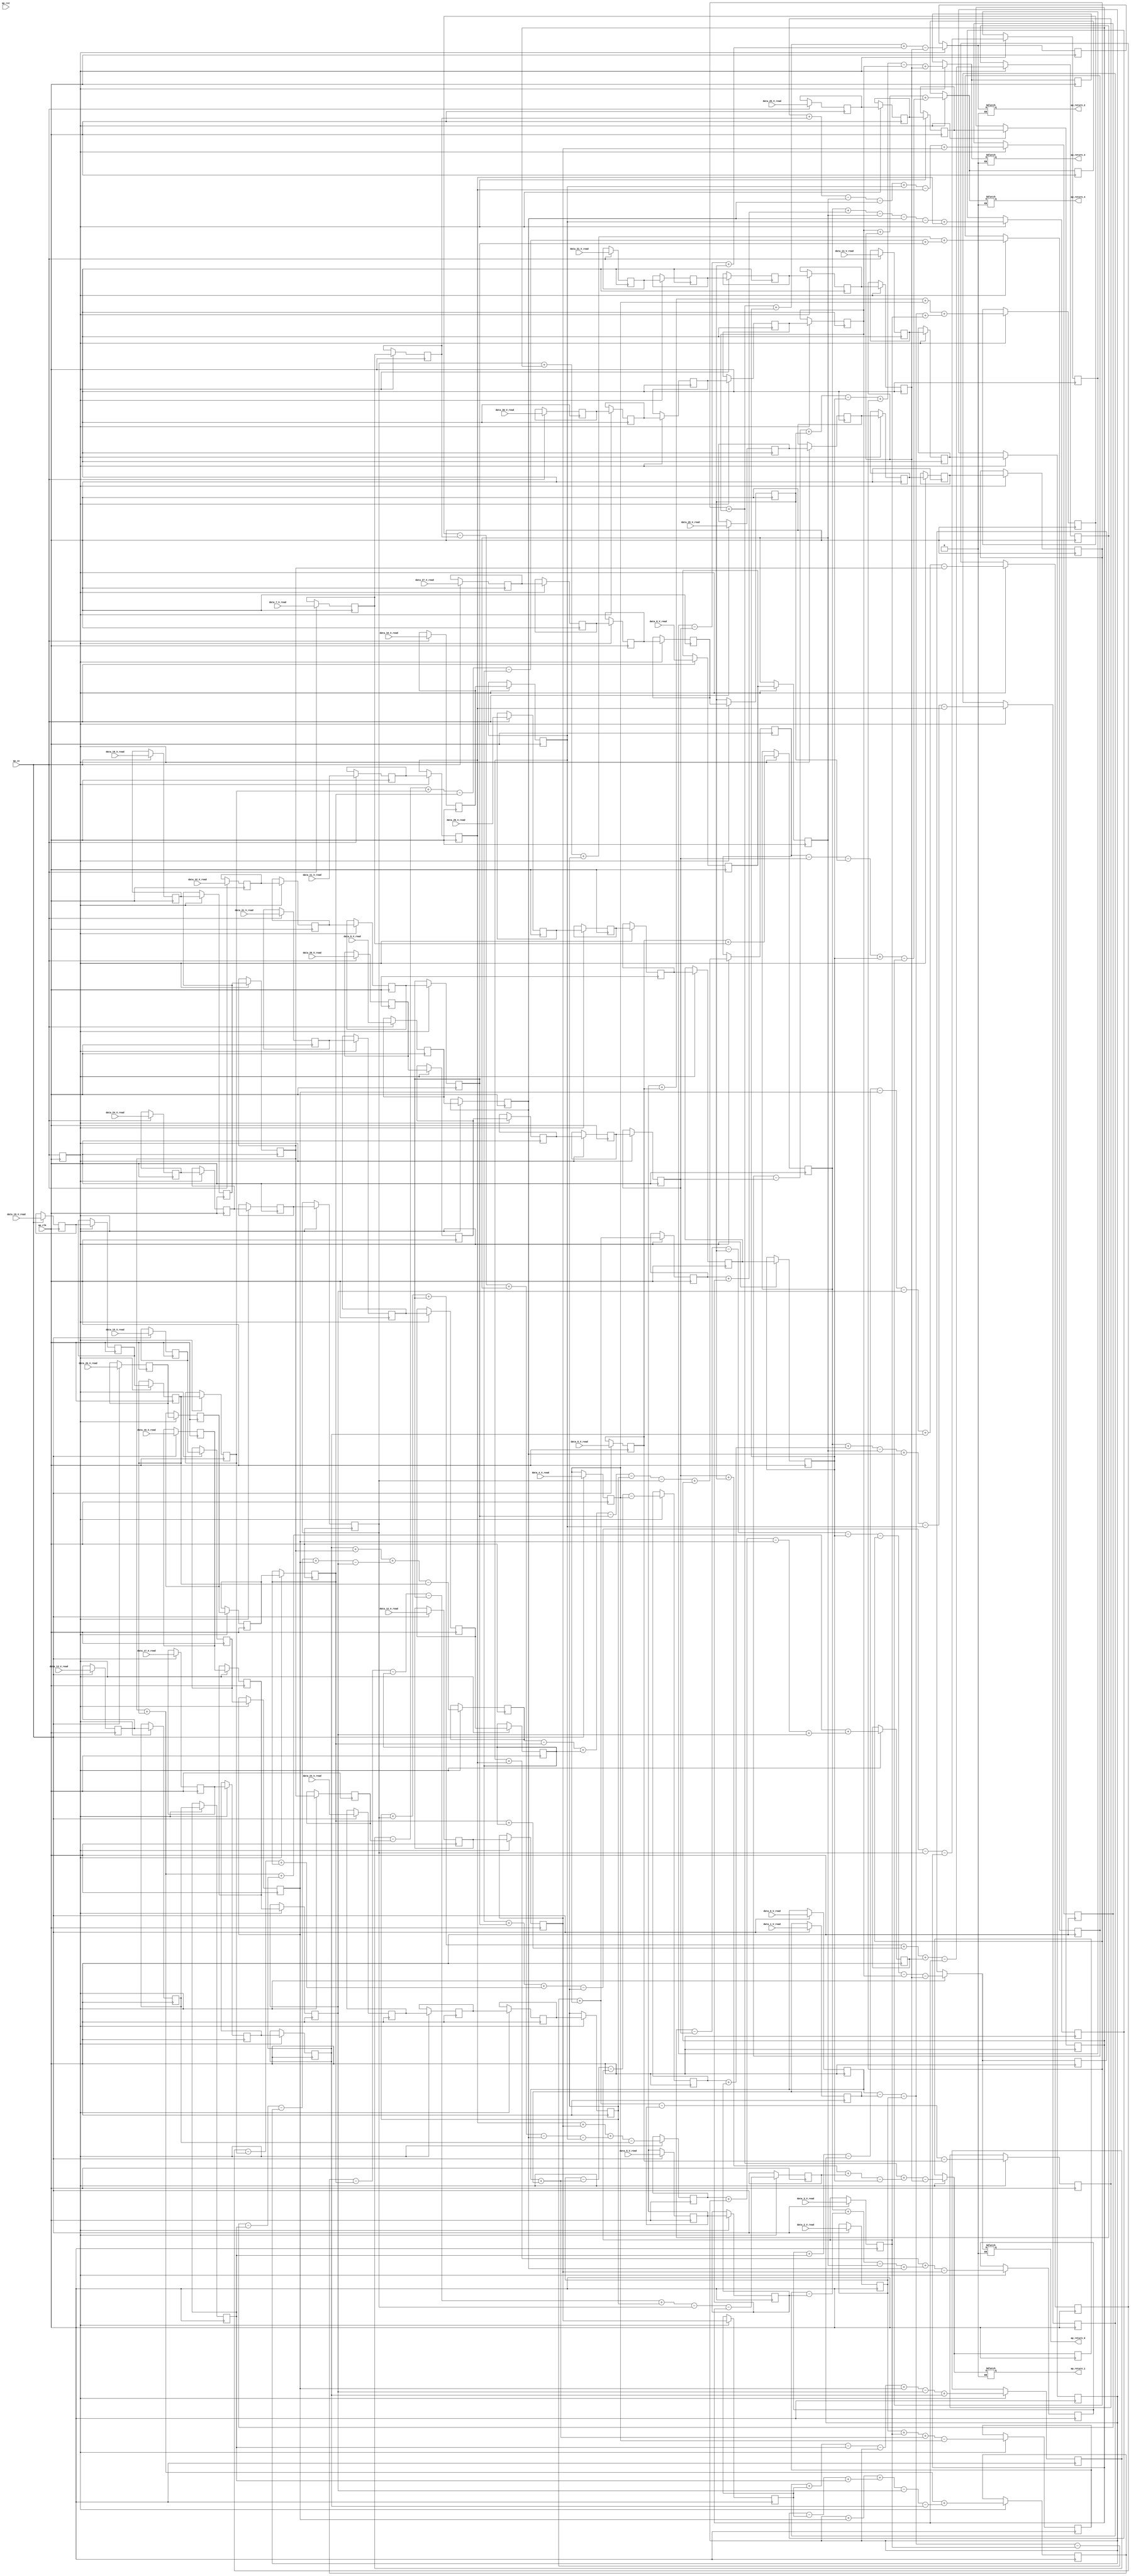
// ==============================================================
// RTL generated by Vivado(TM) HLS - High-Level Synthesis from C, C++ and SystemC
// Version: 2018.2
// Copyright (C) 1986-2018 Xilinx, Inc. All Rights Reserved.
// 
// ===========================================================

`timescale 1 ns / 1 ps 

module dense_latency_ap_fixed_ap_fixed_config14_0_0_0_0_0_0 (
        ap_clk,
        ap_rst,
        data_0_V_read,
        data_1_V_read,
        data_2_V_read,
        data_3_V_read,
        data_4_V_read,
        data_5_V_read,
        data_6_V_read,
        data_7_V_read,
        data_8_V_read,
        data_9_V_read,
        data_10_V_read,
        data_11_V_read,
        data_12_V_read,
        data_13_V_read,
        data_14_V_read,
        data_15_V_read,
        data_16_V_read,
        data_17_V_read,
        data_18_V_read,
        data_19_V_read,
        data_20_V_read,
        data_21_V_read,
        data_22_V_read,
        data_23_V_read,
        data_24_V_read,
        data_25_V_read,
        data_26_V_read,
        data_27_V_read,
        data_28_V_read,
        data_29_V_read,
        data_30_V_read,
        data_31_V_read,
        ap_return_0,
        ap_return_1,
        ap_return_2,
        ap_return_3,
        ap_return_4,
        ap_ce
);


input   ap_clk;
input   ap_rst;
input  [7:0] data_0_V_read;
input  [7:0] data_1_V_read;
input  [7:0] data_2_V_read;
input  [7:0] data_3_V_read;
input  [7:0] data_4_V_read;
input  [7:0] data_5_V_read;
input  [7:0] data_6_V_read;
input  [7:0] data_7_V_read;
input  [7:0] data_8_V_read;
input  [7:0] data_9_V_read;
input  [7:0] data_10_V_read;
input  [7:0] data_11_V_read;
input  [7:0] data_12_V_read;
input  [7:0] data_13_V_read;
input  [7:0] data_14_V_read;
input  [7:0] data_15_V_read;
input  [7:0] data_16_V_read;
input  [7:0] data_17_V_read;
input  [7:0] data_18_V_read;
input  [7:0] data_19_V_read;
input  [7:0] data_20_V_read;
input  [7:0] data_21_V_read;
input  [7:0] data_22_V_read;
input  [7:0] data_23_V_read;
input  [7:0] data_24_V_read;
input  [7:0] data_25_V_read;
input  [7:0] data_26_V_read;
input  [7:0] data_27_V_read;
input  [7:0] data_28_V_read;
input  [7:0] data_29_V_read;
input  [7:0] data_30_V_read;
input  [7:0] data_31_V_read;
output  [7:0] ap_return_0;
output  [7:0] ap_return_1;
output  [7:0] ap_return_2;
output  [7:0] ap_return_3;
output  [7:0] ap_return_4;
input   ap_ce;

reg[7:0] ap_return_0;
reg[7:0] ap_return_1;
reg[7:0] ap_return_2;
reg[7:0] ap_return_3;
reg[7:0] ap_return_4;

reg   [7:0] data_31_V_read32_reg_1024;
wire    ap_block_state1_pp0_stage0_iter0;
wire    ap_block_state2_pp0_stage0_iter1;
wire    ap_block_state3_pp0_stage0_iter2;
wire    ap_block_state4_pp0_stage0_iter3;
wire    ap_block_state5_pp0_stage0_iter4;
wire    ap_block_pp0_stage0_11001;
reg   [7:0] data_31_V_read32_reg_1024_pp0_iter1_reg;
reg   [7:0] data_31_V_read32_reg_1024_pp0_iter2_reg;
reg   [7:0] data_31_V_read32_reg_1024_pp0_iter3_reg;
reg   [7:0] data_30_V_read31_reg_1033;
reg   [7:0] data_30_V_read31_reg_1033_pp0_iter1_reg;
reg   [7:0] data_30_V_read31_reg_1033_pp0_iter2_reg;
reg   [7:0] data_30_V_read31_reg_1033_pp0_iter3_reg;
reg   [7:0] data_29_V_read_6_reg_1041;
reg   [7:0] data_29_V_read_6_reg_1041_pp0_iter1_reg;
reg   [7:0] data_29_V_read_6_reg_1041_pp0_iter2_reg;
reg   [7:0] data_29_V_read_6_reg_1041_pp0_iter3_reg;
reg   [7:0] data_28_V_read_6_reg_1049;
reg   [7:0] data_28_V_read_6_reg_1049_pp0_iter1_reg;
reg   [7:0] data_28_V_read_6_reg_1049_pp0_iter2_reg;
reg   [7:0] data_28_V_read_6_reg_1049_pp0_iter3_reg;
reg   [7:0] data_27_V_read_7_reg_1058;
reg   [7:0] data_27_V_read_7_reg_1058_pp0_iter1_reg;
reg   [7:0] data_27_V_read_7_reg_1058_pp0_iter2_reg;
reg   [7:0] data_27_V_read_7_reg_1058_pp0_iter3_reg;
reg   [7:0] data_26_V_read_7_reg_1067;
reg   [7:0] data_26_V_read_7_reg_1067_pp0_iter1_reg;
reg   [7:0] data_26_V_read_7_reg_1067_pp0_iter2_reg;
reg   [7:0] data_26_V_read_7_reg_1067_pp0_iter3_reg;
reg   [7:0] data_25_V_read26_reg_1076;
reg   [7:0] data_25_V_read26_reg_1076_pp0_iter1_reg;
reg   [7:0] data_25_V_read26_reg_1076_pp0_iter2_reg;
reg   [7:0] data_24_V_read25_reg_1085;
reg   [7:0] data_24_V_read25_reg_1085_pp0_iter1_reg;
reg   [7:0] data_24_V_read25_reg_1085_pp0_iter2_reg;
reg   [7:0] data_23_V_read24_reg_1094;
reg   [7:0] data_23_V_read24_reg_1094_pp0_iter1_reg;
reg   [7:0] data_23_V_read24_reg_1094_pp0_iter2_reg;
reg   [7:0] data_22_V_read23_reg_1103;
reg   [7:0] data_22_V_read23_reg_1103_pp0_iter1_reg;
reg   [7:0] data_22_V_read23_reg_1103_pp0_iter2_reg;
reg   [7:0] data_21_V_read22_reg_1112;
reg   [7:0] data_21_V_read22_reg_1112_pp0_iter1_reg;
reg   [7:0] data_21_V_read22_reg_1112_pp0_iter2_reg;
reg   [7:0] data_20_V_read21_reg_1121;
reg   [7:0] data_20_V_read21_reg_1121_pp0_iter1_reg;
reg   [7:0] data_20_V_read21_reg_1121_pp0_iter2_reg;
reg   [7:0] data_19_V_read_6_reg_1130;
reg   [7:0] data_19_V_read_6_reg_1130_pp0_iter1_reg;
reg   [7:0] data_19_V_read_6_reg_1130_pp0_iter2_reg;
reg   [7:0] data_18_V_read_6_reg_1138;
reg   [7:0] data_18_V_read_6_reg_1138_pp0_iter1_reg;
reg   [7:0] data_18_V_read_6_reg_1138_pp0_iter2_reg;
reg   [7:0] data_17_V_read_7_reg_1146;
reg   [7:0] data_17_V_read_7_reg_1146_pp0_iter1_reg;
reg   [7:0] data_16_V_read_7_reg_1155;
reg   [7:0] data_16_V_read_7_reg_1155_pp0_iter1_reg;
reg   [7:0] data_15_V_read16_reg_1164;
reg   [7:0] data_15_V_read16_reg_1164_pp0_iter1_reg;
reg   [7:0] data_14_V_read15_reg_1173;
reg   [7:0] data_14_V_read15_reg_1173_pp0_iter1_reg;
reg   [7:0] data_13_V_read14_reg_1182;
reg   [7:0] data_13_V_read14_reg_1182_pp0_iter1_reg;
reg   [7:0] data_12_V_read13_reg_1191;
reg   [7:0] data_12_V_read13_reg_1191_pp0_iter1_reg;
reg   [7:0] data_11_V_read12_reg_1200;
reg   [7:0] data_10_V_read11_reg_1209;
reg   [7:0] data_9_V_read_6_reg_1218;
reg   [7:0] data_8_V_read_6_reg_1227;
reg   [7:0] data_7_V_read_7_reg_1236;
reg   [7:0] data_5_V_read_7_reg_1242;
wire   [7:0] acc_1_V_27_fu_322_p2;
reg   [7:0] acc_1_V_27_reg_1249;
wire   [7:0] acc_2_V_2_fu_328_p2;
reg   [7:0] acc_2_V_2_reg_1254;
wire   [7:0] acc_3_V_2_fu_334_p2;
reg   [7:0] acc_3_V_2_reg_1259;
wire   [7:0] p_Val2_27_6_fu_364_p2;
reg   [7:0] p_Val2_27_6_reg_1264;
wire   [7:0] acc_4_V_6_fu_370_p2;
reg   [7:0] acc_4_V_6_reg_1269;
wire   [7:0] tmp6_fu_376_p2;
reg   [7:0] tmp6_reg_1274;
wire   [7:0] acc_1_V_8_fu_482_p2;
reg   [7:0] acc_1_V_8_reg_1281;
wire   [7:0] acc_3_V_7_fu_502_p2;
reg   [7:0] acc_3_V_7_reg_1286;
wire   [7:0] acc_2_V_7_fu_522_p2;
reg   [7:0] acc_2_V_7_reg_1291;
wire   [7:0] acc_4_V_12_fu_527_p2;
reg   [7:0] acc_4_V_12_reg_1296;
wire   [7:0] p_Val2_27_1_fu_532_p2;
reg   [7:0] p_Val2_27_1_reg_1301;
wire   [7:0] acc_3_V_13_fu_642_p2;
reg   [7:0] acc_3_V_13_reg_1306;
wire   [7:0] acc_2_V_13_fu_647_p2;
reg   [7:0] acc_2_V_13_reg_1311;
wire   [7:0] acc_1_V_13_fu_666_p2;
reg   [7:0] acc_1_V_13_reg_1316;
wire   [7:0] acc_4_V_18_fu_672_p2;
reg   [7:0] acc_4_V_18_reg_1321;
wire   [7:0] tmp19_fu_687_p2;
reg   [7:0] tmp19_reg_1326;
wire   [7:0] p_Val2_27_10_fu_813_p2;
reg   [7:0] p_Val2_27_10_reg_1331;
wire   [7:0] acc_1_V_19_fu_818_p2;
reg   [7:0] acc_1_V_19_reg_1336;
wire   [7:0] acc_2_V_18_fu_823_p2;
reg   [7:0] acc_2_V_18_reg_1341;
wire   [7:0] acc_3_V_18_fu_842_p2;
reg   [7:0] acc_3_V_18_reg_1346;
wire   [7:0] acc_4_V_24_fu_848_p2;
reg   [7:0] acc_4_V_24_reg_1351;
wire    ap_block_pp0_stage0;
wire   [7:0] acc_1_V_24_fu_274_p2;
wire   [7:0] acc_2_V_fu_280_p2;
wire   [7:0] acc_1_V_25_fu_286_p2;
wire   [7:0] tmp1_fu_304_p2;
wire   [7:0] acc_3_V_fu_292_p2;
wire   [7:0] acc_1_V_26_fu_298_p2;
wire   [7:0] acc_2_V_1_fu_310_p2;
wire   [7:0] acc_3_V_1_fu_316_p2;
wire   [7:0] tmp4_fu_352_p2;
wire   [7:0] tmp3_fu_358_p2;
wire   [7:0] tmp2_fu_346_p2;
wire   [7:0] acc_4_V_5_fu_340_p2;
wire   [7:0] tmp5_fu_390_p2;
wire   [7:0] acc_2_V_3_fu_382_p2;
wire   [7:0] tmp8_fu_404_p2;
wire   [7:0] p_Val2_27_7_fu_386_p2;
wire   [7:0] acc_1_V_fu_394_p2;
wire   [7:0] acc_2_V_4_fu_399_p2;
wire   [7:0] acc_3_V_3_fu_408_p2;
wire   [7:0] acc_4_V_7_fu_413_p2;
wire   [7:0] p_Val2_27_8_fu_417_p2;
wire   [7:0] acc_1_V_5_fu_422_p2;
wire   [7:0] acc_3_V_4_fu_432_p2;
wire   [7:0] acc_4_V_8_fu_437_p2;
wire   [7:0] p_Val2_27_9_fu_442_p2;
wire   [7:0] acc_1_V_6_fu_447_p2;
wire   [7:0] acc_3_V_5_fu_452_p2;
wire   [7:0] acc_4_V_9_fu_457_p2;
wire   [7:0] acc_1_V_7_fu_467_p2;
wire   [7:0] acc_2_V_5_fu_427_p2;
wire   [7:0] tmp11_fu_492_p2;
wire   [7:0] tmp10_fu_487_p2;
wire   [7:0] acc_3_V_6_fu_472_p2;
wire   [7:0] acc_4_V_10_fu_477_p2;
wire   [7:0] tmp12_fu_512_p2;
wire   [7:0] p_Val2_27_s_fu_462_p2;
wire   [7:0] acc_2_V_6_fu_496_p2;
wire   [7:0] acc_4_V_11_fu_507_p2;
wire   [7:0] p_Val2_27_2_fu_516_p2;
wire   [7:0] acc_3_V_8_fu_541_p2;
wire   [7:0] acc_2_V_8_fu_545_p2;
wire   [7:0] acc_3_V_9_fu_549_p2;
wire   [7:0] acc_4_V_13_fu_554_p2;
wire   [7:0] p_Val2_27_3_fu_558_p2;
wire   [7:0] acc_1_V_9_fu_537_p2;
wire   [7:0] tmp14_fu_587_p2;
wire   [7:0] tmp13_fu_582_p2;
wire   [7:0] acc_2_V_9_fu_562_p2;
wire   [7:0] acc_3_V_10_fu_567_p2;
wire   [7:0] acc_4_V_14_fu_572_p2;
wire   [7:0] acc_1_V_10_fu_591_p2;
wire   [7:0] acc_2_V_10_fu_597_p2;
wire   [7:0] acc_3_V_11_fu_602_p2;
wire   [7:0] acc_4_V_15_fu_607_p2;
wire   [7:0] acc_1_V_11_fu_612_p2;
wire   [7:0] acc_2_V_11_fu_617_p2;
wire   [7:0] acc_3_V_12_fu_622_p2;
wire   [7:0] acc_2_V_12_fu_637_p2;
wire   [7:0] tmp15_fu_652_p2;
wire   [7:0] acc_4_V_16_fu_627_p2;
wire   [7:0] tmp16_fu_662_p2;
wire   [7:0] acc_1_V_12_fu_632_p2;
wire   [7:0] acc_4_V_17_fu_656_p2;
wire   [7:0] p_Val2_27_4_fu_577_p2;
wire   [7:0] tmp21_fu_682_p2;
wire   [7:0] tmp20_fu_677_p2;
wire   [7:0] acc_3_V_14_fu_693_p2;
wire   [7:0] acc_3_V_15_fu_701_p2;
wire   [7:0] acc_1_V_14_fu_706_p2;
wire   [7:0] acc_3_V_16_fu_710_p2;
wire   [7:0] acc_4_V_19_fu_715_p2;
wire   [7:0] acc_1_V_15_fu_719_p2;
wire   [7:0] acc_2_V_14_fu_697_p2;
wire   [7:0] tmp18_fu_744_p2;
wire   [7:0] tmp17_fu_739_p2;
wire   [7:0] acc_4_V_20_fu_729_p2;
wire   [7:0] acc_1_V_16_fu_734_p2;
wire   [7:0] acc_2_V_15_fu_748_p2;
wire   [7:0] acc_4_V_21_fu_754_p2;
wire   [7:0] tmp26_fu_778_p2;
wire   [7:0] tmp25_fu_782_p2;
wire   [7:0] tmp24_fu_774_p2;
wire   [7:0] tmp23_fu_787_p2;
wire   [7:0] acc_1_V_17_fu_759_p2;
wire   [7:0] acc_2_V_16_fu_764_p2;
wire   [7:0] acc_4_V_22_fu_769_p2;
wire   [7:0] p_Val2_27_5_fu_793_p2;
wire   [7:0] acc_1_V_18_fu_798_p2;
wire   [7:0] acc_2_V_17_fu_803_p2;
wire   [7:0] acc_3_V_17_fu_724_p2;
wire   [7:0] tmp29_fu_833_p2;
wire   [7:0] tmp28_fu_837_p2;
wire   [7:0] tmp27_fu_828_p2;
wire   [7:0] acc_4_V_23_fu_808_p2;
wire   [7:0] p_Val2_27_11_fu_853_p2;
wire   [7:0] tmp30_fu_874_p2;
wire   [7:0] acc_3_V_19_fu_861_p2;
wire   [7:0] acc_4_V_25_fu_865_p2;
wire   [7:0] p_Val2_27_12_fu_869_p2;
wire   [7:0] acc_1_V_20_fu_878_p2;
wire   [7:0] acc_3_V_20_fu_883_p2;
wire   [7:0] acc_4_V_26_fu_888_p2;
wire   [7:0] p_Val2_27_13_fu_893_p2;
wire   [7:0] acc_3_V_21_fu_903_p2;
wire   [7:0] acc_4_V_27_fu_908_p2;
wire   [7:0] p_Val2_27_14_fu_913_p2;
wire   [7:0] tmp31_fu_933_p2;
wire   [7:0] acc_1_V_21_fu_898_p2;
wire   [7:0] acc_2_V_19_fu_857_p2;
wire   [7:0] tmp33_fu_948_p2;
wire   [7:0] tmp32_fu_943_p2;
wire   [7:0] acc_3_V_22_fu_918_p2;
wire   [7:0] p_Val2_27_15_fu_928_p2;
wire   [7:0] acc_1_V_22_fu_937_p2;
wire   [7:0] acc_2_V_20_fu_953_p2;
wire   [7:0] acc_3_V_23_fu_959_p2;
wire   [7:0] tmp35_fu_984_p2;
wire   [7:0] acc_4_V_28_fu_923_p2;
wire   [7:0] res_0_V_write_assign_fu_964_p2;
wire   [7:0] acc_1_V_23_fu_969_p2;
wire   [7:0] acc_2_V_21_fu_974_p2;
wire   [7:0] acc_3_V_24_fu_979_p2;
wire   [7:0] acc_4_V_fu_988_p2;
reg    ap_ce_reg;
reg   [7:0] data_0_V_read_int_reg;
reg   [7:0] data_1_V_read_int_reg;
reg   [7:0] data_2_V_read_int_reg;
reg   [7:0] data_3_V_read_int_reg;
reg   [7:0] data_4_V_read_int_reg;
reg   [7:0] data_5_V_read_int_reg;
reg   [7:0] data_6_V_read_int_reg;
reg   [7:0] data_7_V_read_int_reg;
reg   [7:0] data_8_V_read_int_reg;
reg   [7:0] data_9_V_read_int_reg;
reg   [7:0] data_10_V_read_int_reg;
reg   [7:0] data_11_V_read_int_reg;
reg   [7:0] data_12_V_read_int_reg;
reg   [7:0] data_13_V_read_int_reg;
reg   [7:0] data_14_V_read_int_reg;
reg   [7:0] data_15_V_read_int_reg;
reg   [7:0] data_16_V_read_int_reg;
reg   [7:0] data_17_V_read_int_reg;
reg   [7:0] data_18_V_read_int_reg;
reg   [7:0] data_19_V_read_int_reg;
reg   [7:0] data_20_V_read_int_reg;
reg   [7:0] data_21_V_read_int_reg;
reg   [7:0] data_22_V_read_int_reg;
reg   [7:0] data_23_V_read_int_reg;
reg   [7:0] data_24_V_read_int_reg;
reg   [7:0] data_25_V_read_int_reg;
reg   [7:0] data_26_V_read_int_reg;
reg   [7:0] data_27_V_read_int_reg;
reg   [7:0] data_28_V_read_int_reg;
reg   [7:0] data_29_V_read_int_reg;
reg   [7:0] data_30_V_read_int_reg;
reg   [7:0] data_31_V_read_int_reg;
reg   [7:0] ap_return_0_int_reg;
reg   [7:0] ap_return_1_int_reg;
reg   [7:0] ap_return_2_int_reg;
reg   [7:0] ap_return_3_int_reg;
reg   [7:0] ap_return_4_int_reg;

always @ (posedge ap_clk) begin
    ap_ce_reg <= ap_ce;
end

always @ (posedge ap_clk) begin
    if (((1'b1 == ap_ce_reg) & (1'b0 == ap_block_pp0_stage0_11001))) begin
        acc_1_V_13_reg_1316 <= acc_1_V_13_fu_666_p2;
        acc_1_V_19_reg_1336 <= acc_1_V_19_fu_818_p2;
        acc_1_V_27_reg_1249 <= acc_1_V_27_fu_322_p2;
        acc_1_V_8_reg_1281 <= acc_1_V_8_fu_482_p2;
        acc_2_V_13_reg_1311 <= acc_2_V_13_fu_647_p2;
        acc_2_V_18_reg_1341 <= acc_2_V_18_fu_823_p2;
        acc_2_V_2_reg_1254 <= acc_2_V_2_fu_328_p2;
        acc_2_V_7_reg_1291 <= acc_2_V_7_fu_522_p2;
        acc_3_V_13_reg_1306 <= acc_3_V_13_fu_642_p2;
        acc_3_V_18_reg_1346 <= acc_3_V_18_fu_842_p2;
        acc_3_V_2_reg_1259 <= acc_3_V_2_fu_334_p2;
        acc_3_V_7_reg_1286 <= acc_3_V_7_fu_502_p2;
        acc_4_V_12_reg_1296 <= acc_4_V_12_fu_527_p2;
        acc_4_V_18_reg_1321 <= acc_4_V_18_fu_672_p2;
        acc_4_V_24_reg_1351 <= acc_4_V_24_fu_848_p2;
        acc_4_V_6_reg_1269 <= acc_4_V_6_fu_370_p2;
        data_10_V_read11_reg_1209 <= data_10_V_read_int_reg;
        data_11_V_read12_reg_1200 <= data_11_V_read_int_reg;
        data_12_V_read13_reg_1191 <= data_12_V_read_int_reg;
        data_12_V_read13_reg_1191_pp0_iter1_reg <= data_12_V_read13_reg_1191;
        data_13_V_read14_reg_1182 <= data_13_V_read_int_reg;
        data_13_V_read14_reg_1182_pp0_iter1_reg <= data_13_V_read14_reg_1182;
        data_14_V_read15_reg_1173 <= data_14_V_read_int_reg;
        data_14_V_read15_reg_1173_pp0_iter1_reg <= data_14_V_read15_reg_1173;
        data_15_V_read16_reg_1164 <= data_15_V_read_int_reg;
        data_15_V_read16_reg_1164_pp0_iter1_reg <= data_15_V_read16_reg_1164;
        data_16_V_read_7_reg_1155 <= data_16_V_read_int_reg;
        data_16_V_read_7_reg_1155_pp0_iter1_reg <= data_16_V_read_7_reg_1155;
        data_17_V_read_7_reg_1146 <= data_17_V_read_int_reg;
        data_17_V_read_7_reg_1146_pp0_iter1_reg <= data_17_V_read_7_reg_1146;
        data_18_V_read_6_reg_1138 <= data_18_V_read_int_reg;
        data_18_V_read_6_reg_1138_pp0_iter1_reg <= data_18_V_read_6_reg_1138;
        data_18_V_read_6_reg_1138_pp0_iter2_reg <= data_18_V_read_6_reg_1138_pp0_iter1_reg;
        data_19_V_read_6_reg_1130 <= data_19_V_read_int_reg;
        data_19_V_read_6_reg_1130_pp0_iter1_reg <= data_19_V_read_6_reg_1130;
        data_19_V_read_6_reg_1130_pp0_iter2_reg <= data_19_V_read_6_reg_1130_pp0_iter1_reg;
        data_20_V_read21_reg_1121 <= data_20_V_read_int_reg;
        data_20_V_read21_reg_1121_pp0_iter1_reg <= data_20_V_read21_reg_1121;
        data_20_V_read21_reg_1121_pp0_iter2_reg <= data_20_V_read21_reg_1121_pp0_iter1_reg;
        data_21_V_read22_reg_1112 <= data_21_V_read_int_reg;
        data_21_V_read22_reg_1112_pp0_iter1_reg <= data_21_V_read22_reg_1112;
        data_21_V_read22_reg_1112_pp0_iter2_reg <= data_21_V_read22_reg_1112_pp0_iter1_reg;
        data_22_V_read23_reg_1103 <= data_22_V_read_int_reg;
        data_22_V_read23_reg_1103_pp0_iter1_reg <= data_22_V_read23_reg_1103;
        data_22_V_read23_reg_1103_pp0_iter2_reg <= data_22_V_read23_reg_1103_pp0_iter1_reg;
        data_23_V_read24_reg_1094 <= data_23_V_read_int_reg;
        data_23_V_read24_reg_1094_pp0_iter1_reg <= data_23_V_read24_reg_1094;
        data_23_V_read24_reg_1094_pp0_iter2_reg <= data_23_V_read24_reg_1094_pp0_iter1_reg;
        data_24_V_read25_reg_1085 <= data_24_V_read_int_reg;
        data_24_V_read25_reg_1085_pp0_iter1_reg <= data_24_V_read25_reg_1085;
        data_24_V_read25_reg_1085_pp0_iter2_reg <= data_24_V_read25_reg_1085_pp0_iter1_reg;
        data_25_V_read26_reg_1076 <= data_25_V_read_int_reg;
        data_25_V_read26_reg_1076_pp0_iter1_reg <= data_25_V_read26_reg_1076;
        data_25_V_read26_reg_1076_pp0_iter2_reg <= data_25_V_read26_reg_1076_pp0_iter1_reg;
        data_26_V_read_7_reg_1067 <= data_26_V_read_int_reg;
        data_26_V_read_7_reg_1067_pp0_iter1_reg <= data_26_V_read_7_reg_1067;
        data_26_V_read_7_reg_1067_pp0_iter2_reg <= data_26_V_read_7_reg_1067_pp0_iter1_reg;
        data_26_V_read_7_reg_1067_pp0_iter3_reg <= data_26_V_read_7_reg_1067_pp0_iter2_reg;
        data_27_V_read_7_reg_1058 <= data_27_V_read_int_reg;
        data_27_V_read_7_reg_1058_pp0_iter1_reg <= data_27_V_read_7_reg_1058;
        data_27_V_read_7_reg_1058_pp0_iter2_reg <= data_27_V_read_7_reg_1058_pp0_iter1_reg;
        data_27_V_read_7_reg_1058_pp0_iter3_reg <= data_27_V_read_7_reg_1058_pp0_iter2_reg;
        data_28_V_read_6_reg_1049 <= data_28_V_read_int_reg;
        data_28_V_read_6_reg_1049_pp0_iter1_reg <= data_28_V_read_6_reg_1049;
        data_28_V_read_6_reg_1049_pp0_iter2_reg <= data_28_V_read_6_reg_1049_pp0_iter1_reg;
        data_28_V_read_6_reg_1049_pp0_iter3_reg <= data_28_V_read_6_reg_1049_pp0_iter2_reg;
        data_29_V_read_6_reg_1041 <= data_29_V_read_int_reg;
        data_29_V_read_6_reg_1041_pp0_iter1_reg <= data_29_V_read_6_reg_1041;
        data_29_V_read_6_reg_1041_pp0_iter2_reg <= data_29_V_read_6_reg_1041_pp0_iter1_reg;
        data_29_V_read_6_reg_1041_pp0_iter3_reg <= data_29_V_read_6_reg_1041_pp0_iter2_reg;
        data_30_V_read31_reg_1033 <= data_30_V_read_int_reg;
        data_30_V_read31_reg_1033_pp0_iter1_reg <= data_30_V_read31_reg_1033;
        data_30_V_read31_reg_1033_pp0_iter2_reg <= data_30_V_read31_reg_1033_pp0_iter1_reg;
        data_30_V_read31_reg_1033_pp0_iter3_reg <= data_30_V_read31_reg_1033_pp0_iter2_reg;
        data_31_V_read32_reg_1024 <= data_31_V_read_int_reg;
        data_31_V_read32_reg_1024_pp0_iter1_reg <= data_31_V_read32_reg_1024;
        data_31_V_read32_reg_1024_pp0_iter2_reg <= data_31_V_read32_reg_1024_pp0_iter1_reg;
        data_31_V_read32_reg_1024_pp0_iter3_reg <= data_31_V_read32_reg_1024_pp0_iter2_reg;
        data_5_V_read_7_reg_1242 <= data_5_V_read_int_reg;
        data_7_V_read_7_reg_1236 <= data_7_V_read_int_reg;
        data_8_V_read_6_reg_1227 <= data_8_V_read_int_reg;
        data_9_V_read_6_reg_1218 <= data_9_V_read_int_reg;
        p_Val2_27_10_reg_1331 <= p_Val2_27_10_fu_813_p2;
        p_Val2_27_1_reg_1301 <= p_Val2_27_1_fu_532_p2;
        p_Val2_27_6_reg_1264 <= p_Val2_27_6_fu_364_p2;
        tmp19_reg_1326 <= tmp19_fu_687_p2;
        tmp6_reg_1274 <= tmp6_fu_376_p2;
    end
end

always @ (posedge ap_clk) begin
    if ((1'b1 == ap_ce_reg)) begin
        ap_return_0_int_reg <= res_0_V_write_assign_fu_964_p2;
        ap_return_1_int_reg <= acc_1_V_23_fu_969_p2;
        ap_return_2_int_reg <= acc_2_V_21_fu_974_p2;
        ap_return_3_int_reg <= acc_3_V_24_fu_979_p2;
        ap_return_4_int_reg <= acc_4_V_fu_988_p2;
    end
end

always @ (posedge ap_clk) begin
    if ((1'b1 == ap_ce)) begin
        data_0_V_read_int_reg <= data_0_V_read;
        data_10_V_read_int_reg <= data_10_V_read;
        data_11_V_read_int_reg <= data_11_V_read;
        data_12_V_read_int_reg <= data_12_V_read;
        data_13_V_read_int_reg <= data_13_V_read;
        data_14_V_read_int_reg <= data_14_V_read;
        data_15_V_read_int_reg <= data_15_V_read;
        data_16_V_read_int_reg <= data_16_V_read;
        data_17_V_read_int_reg <= data_17_V_read;
        data_18_V_read_int_reg <= data_18_V_read;
        data_19_V_read_int_reg <= data_19_V_read;
        data_1_V_read_int_reg <= data_1_V_read;
        data_20_V_read_int_reg <= data_20_V_read;
        data_21_V_read_int_reg <= data_21_V_read;
        data_22_V_read_int_reg <= data_22_V_read;
        data_23_V_read_int_reg <= data_23_V_read;
        data_24_V_read_int_reg <= data_24_V_read;
        data_25_V_read_int_reg <= data_25_V_read;
        data_26_V_read_int_reg <= data_26_V_read;
        data_27_V_read_int_reg <= data_27_V_read;
        data_28_V_read_int_reg <= data_28_V_read;
        data_29_V_read_int_reg <= data_29_V_read;
        data_2_V_read_int_reg <= data_2_V_read;
        data_30_V_read_int_reg <= data_30_V_read;
        data_31_V_read_int_reg <= data_31_V_read;
        data_3_V_read_int_reg <= data_3_V_read;
        data_4_V_read_int_reg <= data_4_V_read;
        data_5_V_read_int_reg <= data_5_V_read;
        data_6_V_read_int_reg <= data_6_V_read;
        data_7_V_read_int_reg <= data_7_V_read;
        data_8_V_read_int_reg <= data_8_V_read;
        data_9_V_read_int_reg <= data_9_V_read;
    end
end

always @ (*) begin
    if ((1'b0 == ap_ce_reg)) begin
        ap_return_0 = ap_return_0_int_reg;
    end else if ((1'b1 == ap_ce_reg)) begin
        ap_return_0 = res_0_V_write_assign_fu_964_p2;
    end
end

always @ (*) begin
    if ((1'b0 == ap_ce_reg)) begin
        ap_return_1 = ap_return_1_int_reg;
    end else if ((1'b1 == ap_ce_reg)) begin
        ap_return_1 = acc_1_V_23_fu_969_p2;
    end
end

always @ (*) begin
    if ((1'b0 == ap_ce_reg)) begin
        ap_return_2 = ap_return_2_int_reg;
    end else if ((1'b1 == ap_ce_reg)) begin
        ap_return_2 = acc_2_V_21_fu_974_p2;
    end
end

always @ (*) begin
    if ((1'b0 == ap_ce_reg)) begin
        ap_return_3 = ap_return_3_int_reg;
    end else if ((1'b1 == ap_ce_reg)) begin
        ap_return_3 = acc_3_V_24_fu_979_p2;
    end
end

always @ (*) begin
    if ((1'b0 == ap_ce_reg)) begin
        ap_return_4 = ap_return_4_int_reg;
    end else if ((1'b1 == ap_ce_reg)) begin
        ap_return_4 = acc_4_V_fu_988_p2;
    end
end

assign acc_1_V_10_fu_591_p2 = (tmp14_fu_587_p2 + tmp13_fu_582_p2);

assign acc_1_V_11_fu_612_p2 = (acc_1_V_10_fu_591_p2 - data_16_V_read_7_reg_1155_pp0_iter1_reg);

assign acc_1_V_12_fu_632_p2 = (acc_1_V_11_fu_612_p2 - data_17_V_read_7_reg_1146_pp0_iter1_reg);

assign acc_1_V_13_fu_666_p2 = (tmp16_fu_662_p2 + acc_1_V_12_fu_632_p2);

assign acc_1_V_14_fu_706_p2 = (acc_1_V_13_reg_1316 - data_20_V_read21_reg_1121_pp0_iter2_reg);

assign acc_1_V_15_fu_719_p2 = (acc_1_V_14_fu_706_p2 - data_21_V_read22_reg_1112_pp0_iter2_reg);

assign acc_1_V_16_fu_734_p2 = (acc_1_V_15_fu_719_p2 - data_22_V_read23_reg_1103_pp0_iter2_reg);

assign acc_1_V_17_fu_759_p2 = (acc_1_V_16_fu_734_p2 + data_23_V_read24_reg_1094_pp0_iter2_reg);

assign acc_1_V_18_fu_798_p2 = (acc_1_V_17_fu_759_p2 - data_24_V_read25_reg_1085_pp0_iter2_reg);

assign acc_1_V_19_fu_818_p2 = (acc_1_V_18_fu_798_p2 - data_25_V_read26_reg_1076_pp0_iter2_reg);

assign acc_1_V_20_fu_878_p2 = (tmp30_fu_874_p2 + acc_1_V_19_reg_1336);

assign acc_1_V_21_fu_898_p2 = (acc_1_V_20_fu_878_p2 - data_28_V_read_6_reg_1049_pp0_iter3_reg);

assign acc_1_V_22_fu_937_p2 = (tmp31_fu_933_p2 + acc_1_V_21_fu_898_p2);

assign acc_1_V_23_fu_969_p2 = (acc_1_V_22_fu_937_p2 - data_31_V_read32_reg_1024_pp0_iter3_reg);

assign acc_1_V_24_fu_274_p2 = (data_0_V_read_int_reg - data_1_V_read_int_reg);

assign acc_1_V_25_fu_286_p2 = (acc_1_V_24_fu_274_p2 - data_2_V_read_int_reg);

assign acc_1_V_26_fu_298_p2 = (acc_1_V_25_fu_286_p2 - data_3_V_read_int_reg);

assign acc_1_V_27_fu_322_p2 = (acc_1_V_26_fu_298_p2 + data_4_V_read_int_reg);

assign acc_1_V_5_fu_422_p2 = (acc_1_V_fu_394_p2 - data_8_V_read_6_reg_1227);

assign acc_1_V_6_fu_447_p2 = (acc_1_V_5_fu_422_p2 - data_9_V_read_6_reg_1218);

assign acc_1_V_7_fu_467_p2 = (acc_1_V_6_fu_447_p2 - data_10_V_read11_reg_1209);

assign acc_1_V_8_fu_482_p2 = (acc_1_V_7_fu_467_p2 + data_11_V_read12_reg_1200);

assign acc_1_V_9_fu_537_p2 = (acc_1_V_8_reg_1281 - data_12_V_read13_reg_1191_pp0_iter1_reg);

assign acc_1_V_fu_394_p2 = (tmp6_reg_1274 + tmp5_fu_390_p2);

assign acc_2_V_10_fu_597_p2 = (acc_2_V_9_fu_562_p2 - data_15_V_read16_reg_1164_pp0_iter1_reg);

assign acc_2_V_11_fu_617_p2 = (acc_2_V_10_fu_597_p2 - data_16_V_read_7_reg_1155_pp0_iter1_reg);

assign acc_2_V_12_fu_637_p2 = (acc_2_V_11_fu_617_p2 + data_17_V_read_7_reg_1146_pp0_iter1_reg);

assign acc_2_V_13_fu_647_p2 = (acc_2_V_12_fu_637_p2 - data_18_V_read_6_reg_1138_pp0_iter1_reg);

assign acc_2_V_14_fu_697_p2 = (acc_2_V_13_reg_1311 - data_19_V_read_6_reg_1130_pp0_iter2_reg);

assign acc_2_V_15_fu_748_p2 = (tmp18_fu_744_p2 + tmp17_fu_739_p2);

assign acc_2_V_16_fu_764_p2 = (acc_2_V_15_fu_748_p2 - data_23_V_read24_reg_1094_pp0_iter2_reg);

assign acc_2_V_17_fu_803_p2 = (acc_2_V_16_fu_764_p2 - data_24_V_read25_reg_1085_pp0_iter2_reg);

assign acc_2_V_18_fu_823_p2 = (acc_2_V_17_fu_803_p2 - data_25_V_read26_reg_1076_pp0_iter2_reg);

assign acc_2_V_19_fu_857_p2 = (acc_2_V_18_reg_1341 - data_26_V_read_7_reg_1067_pp0_iter3_reg);

assign acc_2_V_1_fu_310_p2 = (tmp1_fu_304_p2 + acc_2_V_fu_280_p2);

assign acc_2_V_20_fu_953_p2 = (tmp33_fu_948_p2 + tmp32_fu_943_p2);

assign acc_2_V_21_fu_974_p2 = (acc_2_V_20_fu_953_p2 - data_31_V_read32_reg_1024_pp0_iter3_reg);

assign acc_2_V_2_fu_328_p2 = (acc_2_V_1_fu_310_p2 - data_4_V_read_int_reg);

assign acc_2_V_3_fu_382_p2 = (acc_2_V_2_reg_1254 - data_5_V_read_7_reg_1242);

assign acc_2_V_4_fu_399_p2 = (tmp6_reg_1274 + acc_2_V_3_fu_382_p2);

assign acc_2_V_5_fu_427_p2 = (acc_2_V_4_fu_399_p2 - data_8_V_read_6_reg_1227);

assign acc_2_V_6_fu_496_p2 = (tmp11_fu_492_p2 + tmp10_fu_487_p2);

assign acc_2_V_7_fu_522_p2 = (acc_2_V_6_fu_496_p2 - data_12_V_read13_reg_1191);

assign acc_2_V_8_fu_545_p2 = (acc_2_V_7_reg_1291 + data_13_V_read14_reg_1182_pp0_iter1_reg);

assign acc_2_V_9_fu_562_p2 = (acc_2_V_8_fu_545_p2 - data_14_V_read15_reg_1173_pp0_iter1_reg);

assign acc_2_V_fu_280_p2 = (data_0_V_read_int_reg + data_1_V_read_int_reg);

assign acc_3_V_10_fu_567_p2 = (acc_3_V_9_fu_549_p2 - data_14_V_read15_reg_1173_pp0_iter1_reg);

assign acc_3_V_11_fu_602_p2 = (acc_3_V_10_fu_567_p2 + data_15_V_read16_reg_1164_pp0_iter1_reg);

assign acc_3_V_12_fu_622_p2 = (acc_3_V_11_fu_602_p2 - data_16_V_read_7_reg_1155_pp0_iter1_reg);

assign acc_3_V_13_fu_642_p2 = (acc_3_V_12_fu_622_p2 + data_17_V_read_7_reg_1146_pp0_iter1_reg);

assign acc_3_V_14_fu_693_p2 = (acc_3_V_13_reg_1306 - data_18_V_read_6_reg_1138_pp0_iter2_reg);

assign acc_3_V_15_fu_701_p2 = (acc_3_V_14_fu_693_p2 + data_19_V_read_6_reg_1130_pp0_iter2_reg);

assign acc_3_V_16_fu_710_p2 = (acc_3_V_15_fu_701_p2 - data_20_V_read21_reg_1121_pp0_iter2_reg);

assign acc_3_V_17_fu_724_p2 = (acc_3_V_16_fu_710_p2 - data_21_V_read22_reg_1112_pp0_iter2_reg);

assign acc_3_V_18_fu_842_p2 = (tmp28_fu_837_p2 + tmp27_fu_828_p2);

assign acc_3_V_19_fu_861_p2 = (acc_3_V_18_reg_1346 - data_26_V_read_7_reg_1067_pp0_iter3_reg);

assign acc_3_V_1_fu_316_p2 = (acc_3_V_fu_292_p2 - data_3_V_read_int_reg);

assign acc_3_V_20_fu_883_p2 = (acc_3_V_19_fu_861_p2 + data_27_V_read_7_reg_1058_pp0_iter3_reg);

assign acc_3_V_21_fu_903_p2 = (acc_3_V_20_fu_883_p2 - data_28_V_read_6_reg_1049_pp0_iter3_reg);

assign acc_3_V_22_fu_918_p2 = (acc_3_V_21_fu_903_p2 + data_29_V_read_6_reg_1041_pp0_iter3_reg);

assign acc_3_V_23_fu_959_p2 = (acc_3_V_22_fu_918_p2 - data_30_V_read31_reg_1033_pp0_iter3_reg);

assign acc_3_V_24_fu_979_p2 = (acc_3_V_23_fu_959_p2 + data_31_V_read32_reg_1024_pp0_iter3_reg);

assign acc_3_V_2_fu_334_p2 = (acc_3_V_1_fu_316_p2 - data_4_V_read_int_reg);

assign acc_3_V_3_fu_408_p2 = (tmp6_reg_1274 + tmp8_fu_404_p2);

assign acc_3_V_4_fu_432_p2 = (acc_3_V_3_fu_408_p2 - data_8_V_read_6_reg_1227);

assign acc_3_V_5_fu_452_p2 = (acc_3_V_4_fu_432_p2 + data_9_V_read_6_reg_1218);

assign acc_3_V_6_fu_472_p2 = (acc_3_V_5_fu_452_p2 - data_10_V_read11_reg_1209);

assign acc_3_V_7_fu_502_p2 = (acc_3_V_6_fu_472_p2 - data_11_V_read12_reg_1200);

assign acc_3_V_8_fu_541_p2 = (acc_3_V_7_reg_1286 + data_12_V_read13_reg_1191_pp0_iter1_reg);

assign acc_3_V_9_fu_549_p2 = (acc_3_V_8_fu_541_p2 - data_13_V_read14_reg_1182_pp0_iter1_reg);

assign acc_3_V_fu_292_p2 = (data_2_V_read_int_reg - acc_2_V_fu_280_p2);

assign acc_4_V_10_fu_477_p2 = (acc_4_V_9_fu_457_p2 + data_10_V_read11_reg_1209);

assign acc_4_V_11_fu_507_p2 = (acc_4_V_10_fu_477_p2 - data_11_V_read12_reg_1200);

assign acc_4_V_12_fu_527_p2 = (acc_4_V_11_fu_507_p2 + data_12_V_read13_reg_1191);

assign acc_4_V_13_fu_554_p2 = (acc_4_V_12_reg_1296 - data_13_V_read14_reg_1182_pp0_iter1_reg);

assign acc_4_V_14_fu_572_p2 = (acc_4_V_13_fu_554_p2 - data_14_V_read15_reg_1173_pp0_iter1_reg);

assign acc_4_V_15_fu_607_p2 = (acc_4_V_14_fu_572_p2 + data_15_V_read16_reg_1164_pp0_iter1_reg);

assign acc_4_V_16_fu_627_p2 = (acc_4_V_15_fu_607_p2 - data_16_V_read_7_reg_1155_pp0_iter1_reg);

assign acc_4_V_17_fu_656_p2 = (tmp15_fu_652_p2 + acc_4_V_16_fu_627_p2);

assign acc_4_V_18_fu_672_p2 = (acc_4_V_17_fu_656_p2 - data_19_V_read_6_reg_1130_pp0_iter1_reg);

assign acc_4_V_19_fu_715_p2 = (acc_4_V_18_reg_1321 - data_20_V_read21_reg_1121_pp0_iter2_reg);

assign acc_4_V_20_fu_729_p2 = (acc_4_V_19_fu_715_p2 + data_21_V_read22_reg_1112_pp0_iter2_reg);

assign acc_4_V_21_fu_754_p2 = (acc_4_V_20_fu_729_p2 - data_22_V_read23_reg_1103_pp0_iter2_reg);

assign acc_4_V_22_fu_769_p2 = (acc_4_V_21_fu_754_p2 - data_23_V_read24_reg_1094_pp0_iter2_reg);

assign acc_4_V_23_fu_808_p2 = (acc_4_V_22_fu_769_p2 - data_24_V_read25_reg_1085_pp0_iter2_reg);

assign acc_4_V_24_fu_848_p2 = (acc_4_V_23_fu_808_p2 + data_25_V_read26_reg_1076_pp0_iter2_reg);

assign acc_4_V_25_fu_865_p2 = (acc_4_V_24_reg_1351 - data_26_V_read_7_reg_1067_pp0_iter3_reg);

assign acc_4_V_26_fu_888_p2 = (acc_4_V_25_fu_865_p2 - data_27_V_read_7_reg_1058_pp0_iter3_reg);

assign acc_4_V_27_fu_908_p2 = (acc_4_V_26_fu_888_p2 + data_28_V_read_6_reg_1049_pp0_iter3_reg);

assign acc_4_V_28_fu_923_p2 = (acc_4_V_27_fu_908_p2 - data_29_V_read_6_reg_1041_pp0_iter3_reg);

assign acc_4_V_5_fu_340_p2 = (acc_1_V_27_fu_322_p2 - data_5_V_read_int_reg);

assign acc_4_V_6_fu_370_p2 = (acc_4_V_5_fu_340_p2 - data_6_V_read_int_reg);

assign acc_4_V_7_fu_413_p2 = (acc_4_V_6_reg_1269 + data_7_V_read_7_reg_1236);

assign acc_4_V_8_fu_437_p2 = (acc_4_V_7_fu_413_p2 - data_8_V_read_6_reg_1227);

assign acc_4_V_9_fu_457_p2 = (acc_4_V_8_fu_437_p2 - data_9_V_read_6_reg_1218);

assign acc_4_V_fu_988_p2 = (tmp35_fu_984_p2 + acc_4_V_28_fu_923_p2);

assign ap_block_pp0_stage0 = ~(1'b1 == 1'b1);

assign ap_block_pp0_stage0_11001 = ~(1'b1 == 1'b1);

assign ap_block_state1_pp0_stage0_iter0 = ~(1'b1 == 1'b1);

assign ap_block_state2_pp0_stage0_iter1 = ~(1'b1 == 1'b1);

assign ap_block_state3_pp0_stage0_iter2 = ~(1'b1 == 1'b1);

assign ap_block_state4_pp0_stage0_iter3 = ~(1'b1 == 1'b1);

assign ap_block_state5_pp0_stage0_iter4 = ~(1'b1 == 1'b1);

assign p_Val2_27_10_fu_813_p2 = (p_Val2_27_5_fu_793_p2 - data_25_V_read26_reg_1076_pp0_iter2_reg);

assign p_Val2_27_11_fu_853_p2 = (p_Val2_27_10_reg_1331 - data_26_V_read_7_reg_1067_pp0_iter3_reg);

assign p_Val2_27_12_fu_869_p2 = (p_Val2_27_11_fu_853_p2 - data_27_V_read_7_reg_1058_pp0_iter3_reg);

assign p_Val2_27_13_fu_893_p2 = (p_Val2_27_12_fu_869_p2 - data_28_V_read_6_reg_1049_pp0_iter3_reg);

assign p_Val2_27_14_fu_913_p2 = (p_Val2_27_13_fu_893_p2 - data_29_V_read_6_reg_1041_pp0_iter3_reg);

assign p_Val2_27_15_fu_928_p2 = (p_Val2_27_14_fu_913_p2 - data_30_V_read31_reg_1033_pp0_iter3_reg);

assign p_Val2_27_1_fu_532_p2 = (p_Val2_27_2_fu_516_p2 - data_13_V_read14_reg_1182);

assign p_Val2_27_2_fu_516_p2 = (tmp12_fu_512_p2 + p_Val2_27_s_fu_462_p2);

assign p_Val2_27_3_fu_558_p2 = (p_Val2_27_1_reg_1301 + data_14_V_read15_reg_1173_pp0_iter1_reg);

assign p_Val2_27_4_fu_577_p2 = (p_Val2_27_3_fu_558_p2 - data_15_V_read16_reg_1164_pp0_iter1_reg);

assign p_Val2_27_5_fu_793_p2 = (tmp23_fu_787_p2 + tmp19_reg_1326);

assign p_Val2_27_6_fu_364_p2 = (tmp3_fu_358_p2 + tmp2_fu_346_p2);

assign p_Val2_27_7_fu_386_p2 = (p_Val2_27_6_reg_1264 - data_7_V_read_7_reg_1236);

assign p_Val2_27_8_fu_417_p2 = (p_Val2_27_7_fu_386_p2 + data_8_V_read_6_reg_1227);

assign p_Val2_27_9_fu_442_p2 = (p_Val2_27_8_fu_417_p2 - data_9_V_read_6_reg_1218);

assign p_Val2_27_s_fu_462_p2 = (p_Val2_27_9_fu_442_p2 - data_10_V_read11_reg_1209);

assign res_0_V_write_assign_fu_964_p2 = (p_Val2_27_15_fu_928_p2 - data_31_V_read32_reg_1024_pp0_iter3_reg);

assign tmp10_fu_487_p2 = (acc_2_V_5_fu_427_p2 + data_9_V_read_6_reg_1218);

assign tmp11_fu_492_p2 = (data_10_V_read11_reg_1209 + data_11_V_read12_reg_1200);

assign tmp12_fu_512_p2 = (data_11_V_read12_reg_1200 + data_12_V_read13_reg_1191);

assign tmp13_fu_582_p2 = (acc_1_V_9_fu_537_p2 + data_13_V_read14_reg_1182_pp0_iter1_reg);

assign tmp14_fu_587_p2 = (data_14_V_read15_reg_1173_pp0_iter1_reg + data_15_V_read16_reg_1164_pp0_iter1_reg);

assign tmp15_fu_652_p2 = (data_17_V_read_7_reg_1146_pp0_iter1_reg + data_18_V_read_6_reg_1138_pp0_iter1_reg);

assign tmp16_fu_662_p2 = (data_18_V_read_6_reg_1138_pp0_iter1_reg + data_19_V_read_6_reg_1130_pp0_iter1_reg);

assign tmp17_fu_739_p2 = (acc_2_V_14_fu_697_p2 + data_20_V_read21_reg_1121_pp0_iter2_reg);

assign tmp18_fu_744_p2 = (data_21_V_read22_reg_1112_pp0_iter2_reg + data_22_V_read23_reg_1103_pp0_iter2_reg);

assign tmp19_fu_687_p2 = (tmp21_fu_682_p2 + tmp20_fu_677_p2);

assign tmp1_fu_304_p2 = (data_2_V_read_int_reg + data_3_V_read_int_reg);

assign tmp20_fu_677_p2 = (p_Val2_27_4_fu_577_p2 + data_16_V_read_7_reg_1155_pp0_iter1_reg);

assign tmp21_fu_682_p2 = (tmp16_fu_662_p2 + data_17_V_read_7_reg_1146_pp0_iter1_reg);

assign tmp23_fu_787_p2 = (tmp25_fu_782_p2 + tmp24_fu_774_p2);

assign tmp24_fu_774_p2 = (data_20_V_read21_reg_1121_pp0_iter2_reg + data_21_V_read22_reg_1112_pp0_iter2_reg);

assign tmp25_fu_782_p2 = (tmp26_fu_778_p2 + data_22_V_read23_reg_1103_pp0_iter2_reg);

assign tmp26_fu_778_p2 = (data_23_V_read24_reg_1094_pp0_iter2_reg + data_24_V_read25_reg_1085_pp0_iter2_reg);

assign tmp27_fu_828_p2 = (acc_3_V_17_fu_724_p2 + data_22_V_read23_reg_1103_pp0_iter2_reg);

assign tmp28_fu_837_p2 = (tmp29_fu_833_p2 + data_23_V_read24_reg_1094_pp0_iter2_reg);

assign tmp29_fu_833_p2 = (data_24_V_read25_reg_1085_pp0_iter2_reg + data_25_V_read26_reg_1076_pp0_iter2_reg);

assign tmp2_fu_346_p2 = (acc_1_V_25_fu_286_p2 + data_3_V_read_int_reg);

assign tmp30_fu_874_p2 = (data_26_V_read_7_reg_1067_pp0_iter3_reg + data_27_V_read_7_reg_1058_pp0_iter3_reg);

assign tmp31_fu_933_p2 = (data_29_V_read_6_reg_1041_pp0_iter3_reg + data_30_V_read31_reg_1033_pp0_iter3_reg);

assign tmp32_fu_943_p2 = (acc_2_V_19_fu_857_p2 + data_27_V_read_7_reg_1058_pp0_iter3_reg);

assign tmp33_fu_948_p2 = (tmp31_fu_933_p2 + data_28_V_read_6_reg_1049_pp0_iter3_reg);

assign tmp35_fu_984_p2 = (data_30_V_read31_reg_1033_pp0_iter3_reg + data_31_V_read32_reg_1024_pp0_iter3_reg);

assign tmp3_fu_358_p2 = (tmp4_fu_352_p2 + data_4_V_read_int_reg);

assign tmp4_fu_352_p2 = (data_5_V_read_int_reg + data_6_V_read_int_reg);

assign tmp5_fu_390_p2 = (acc_1_V_27_reg_1249 + data_5_V_read_7_reg_1242);

assign tmp6_fu_376_p2 = (data_6_V_read_int_reg + data_7_V_read_int_reg);

assign tmp8_fu_404_p2 = (acc_3_V_2_reg_1259 + data_5_V_read_7_reg_1242);

endmodule //dense_latency_ap_fixed_ap_fixed_config14_0_0_0_0_0_0